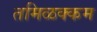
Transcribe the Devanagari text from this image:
तमिळक्कम